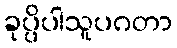
ခုပ္ပိပါသူပဂတာ